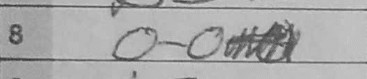
Transcription: O-O